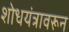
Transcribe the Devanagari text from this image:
शोधयंत्रावरून